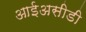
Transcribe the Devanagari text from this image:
आईअसीडी